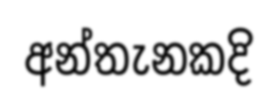
අන්තැනකදි